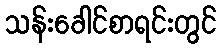
သန်းခေါင်စာရင်းတွင်